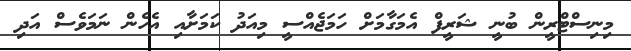
މިނިސްޓްރީން ބުނީ ޝަރީފް އެމަގާމަށް ހަމަޖެއްސީ މިއަދު ކަމަށާއި އެހެން ނަމަވެސް އަދި